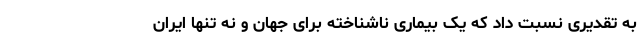
به تقدیری نسبت داد که یک بیماری ناشناخته برای جهان و نه تنها ایران